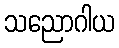
သညောဂါယ